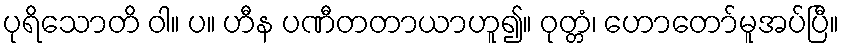
ပုရိသောတိ ဝါ။ ပ။ ဟီန ပဏီတတာယာဟူ၍။ ဝုတ္တံ၊ ဟောတော်မူအပ်ပြီ။